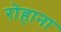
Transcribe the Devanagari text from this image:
रोहाना